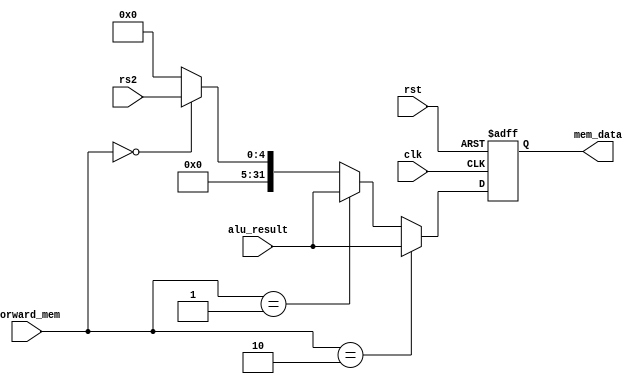
module MemoryStage (
    input clk,rst,
    input wire [31:0] alu_result,
    input wire [4:0] rs2,
    input wire [1:0] forward_mem,
    output reg [31:0] mem_data
);
 // 
    always @(posedge clk or posedge rst) begin
        if (rst) begin
            mem_data <= 32'b0;
        end else begin
          
            mem_data <= (forward_mem == 2'b10) ? alu_result :
                            (forward_mem == 2'b01) ? alu_result :
                            (forward_mem == 2'b00) ? rs2 : 0;
        end
    end
endmodule